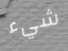
شيء